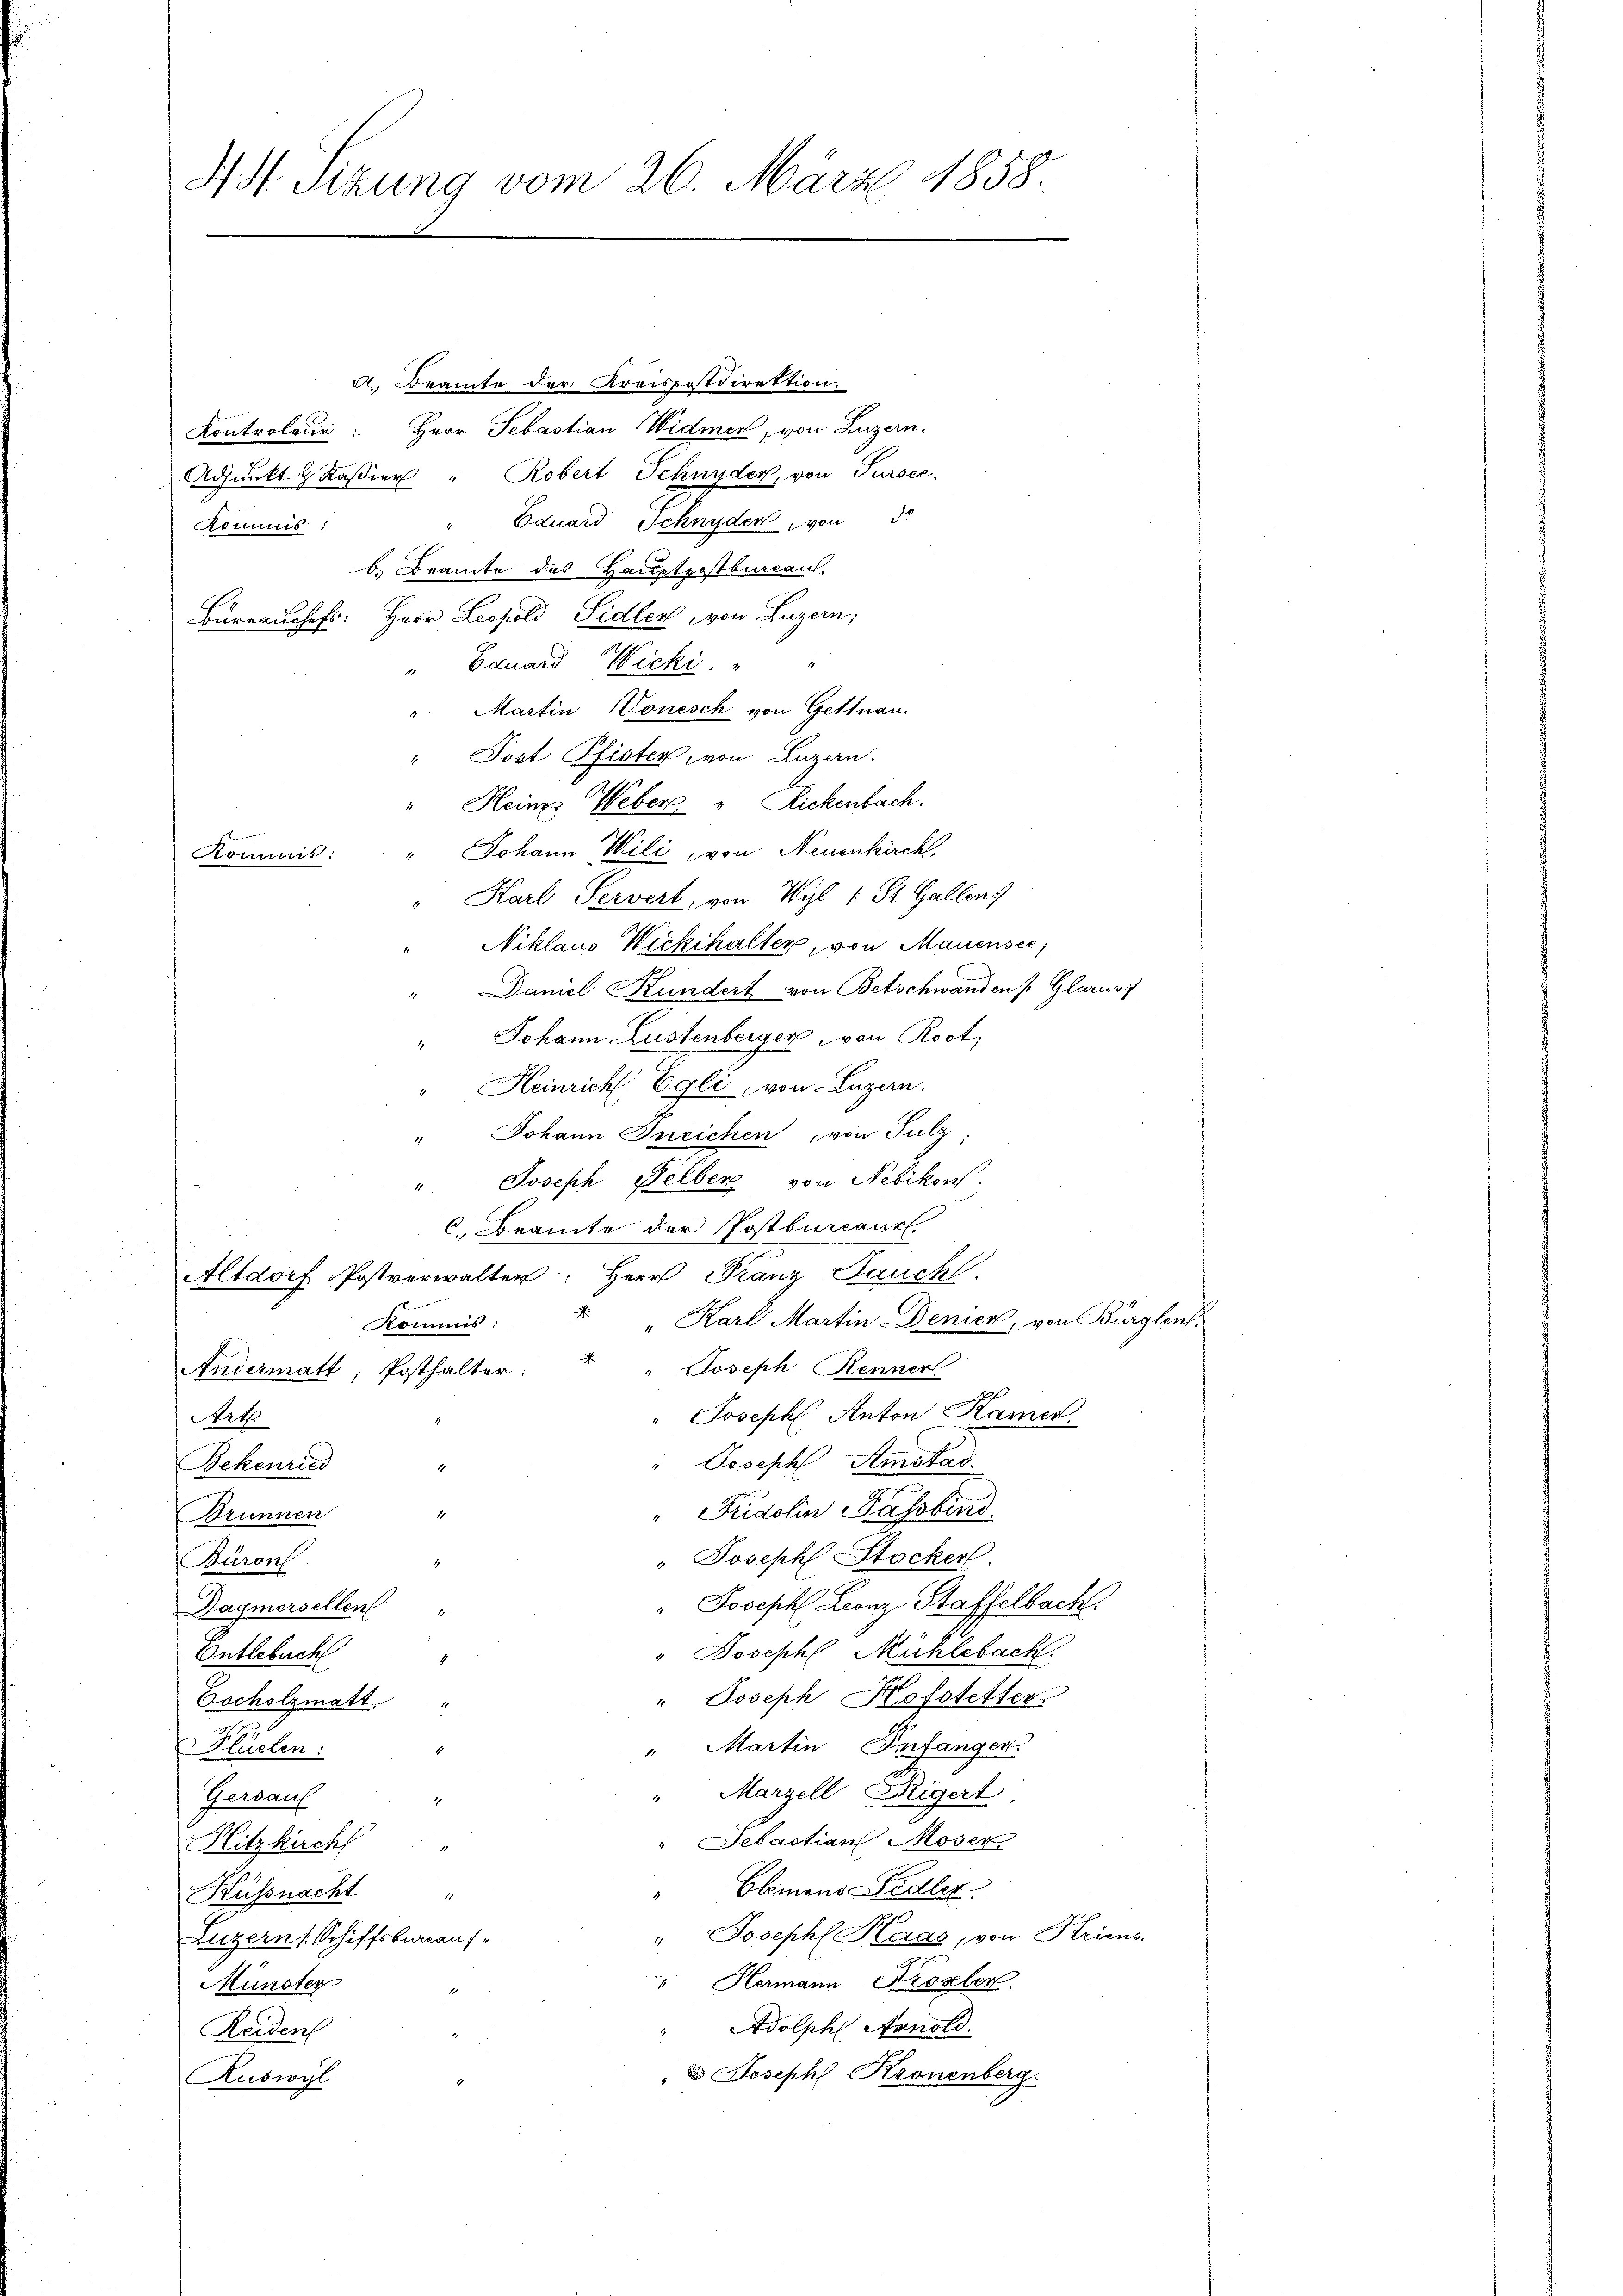
H St. Sitzung vom 26. März 1858.

d. Beamte der Kreispostdirektion.
Kontroleur: Herr Sebastian Widmer, von Luzern.
Adjunkt & Kassier " Robert Schnyder, von Tursee.
Eduard Schnyder, von
Kommis
b. Beamte des Hauptpostburcaul.
Bureauschefs: Herr Leopold Sidler von Luzern;
" Eduard Wicki, " "
Martin Tonesch von Gettnau.
" Post Pfister, von Luzern.
" Heinz Weber „Rickenbach.
Johann Mili, von Neuenkirchl.
Kommis:
Karl Servert, von Wyl 1 St. Gallenz
Niklaus Wickthalter, von Mauensee,
Damel Kundert von Betschwanden Glarus
" Johann Lustenberger von Rost,
" Heinricht Egli, von Luzern.
" Johann Ineichen von Sulz,
Joseph Selberg von Nebikon.
c. Beamte der Postbureaux.
Altdorf Postverwalter: Herr Franz Bauch.
f
u Karl Martin Denien, von Bürglent.
RKommis:
Andermatt, Posthalter: " " Joseph Renner
Joseph Anton Kamer
Art
Joseph Amstad
Bekenried
Fridolin Passbend
4
Brunnen
" Joseph Stacker.
Büron
" Joseph Leonz Staffelbach.
Hagmersellen "
Entlebuch
" Joseph Mühlebach.
" Joseph Hofstetter.
Zscholzmatt.
" Martin Infangen.
Flüchen:
Marzell eigert,
Gersauf
" Sebastian Moser
Hitzkirch
Elemens-Eidler.
Küssnacht "
" Joseph Maas, von Krims-
Luzern (Schiffsberaus-
" Hermann Proseler.
Münster
Adolph Arnold.
Reidens
e Joseph Kronenberg.
Ruswyl